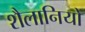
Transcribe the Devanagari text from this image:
शैलानियों